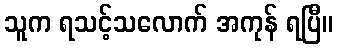
သူက ရသင့်သလောက် အကုန် ရပြီ။